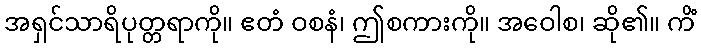
အရှင်သာရိပုတ္တရာကို။ ဧတံ ဝစနံ၊ ဤစကားကို။ အဝေါစ၊ ဆို၏။ ကိံ